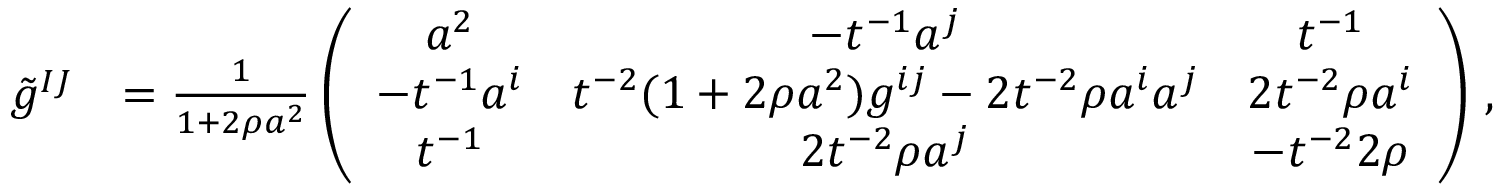
\begin{array} { r l } { \tilde { g } ^ { I J } } & { = \frac { 1 } { 1 + 2 \rho a ^ { 2 } } \left( \begin{array} { c c c } { a ^ { 2 } } & { - t ^ { - 1 } a ^ { j } } & { t ^ { - 1 } } \\ { - t ^ { - 1 } a ^ { i } } & { t ^ { - 2 } ( 1 + 2 \rho a ^ { 2 } ) g ^ { i j } - 2 t ^ { - 2 } \rho a ^ { i } a ^ { j } } & { 2 t ^ { - 2 } \rho a ^ { i } } \\ { t ^ { - 1 } } & { 2 t ^ { - 2 } \rho a ^ { j } } & { - t ^ { - 2 } 2 \rho } \end{array} \right) \, , } \end{array}